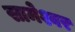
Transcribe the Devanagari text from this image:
सामेश्वर